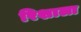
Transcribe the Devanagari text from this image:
रिशाला